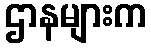
ဌာနများက